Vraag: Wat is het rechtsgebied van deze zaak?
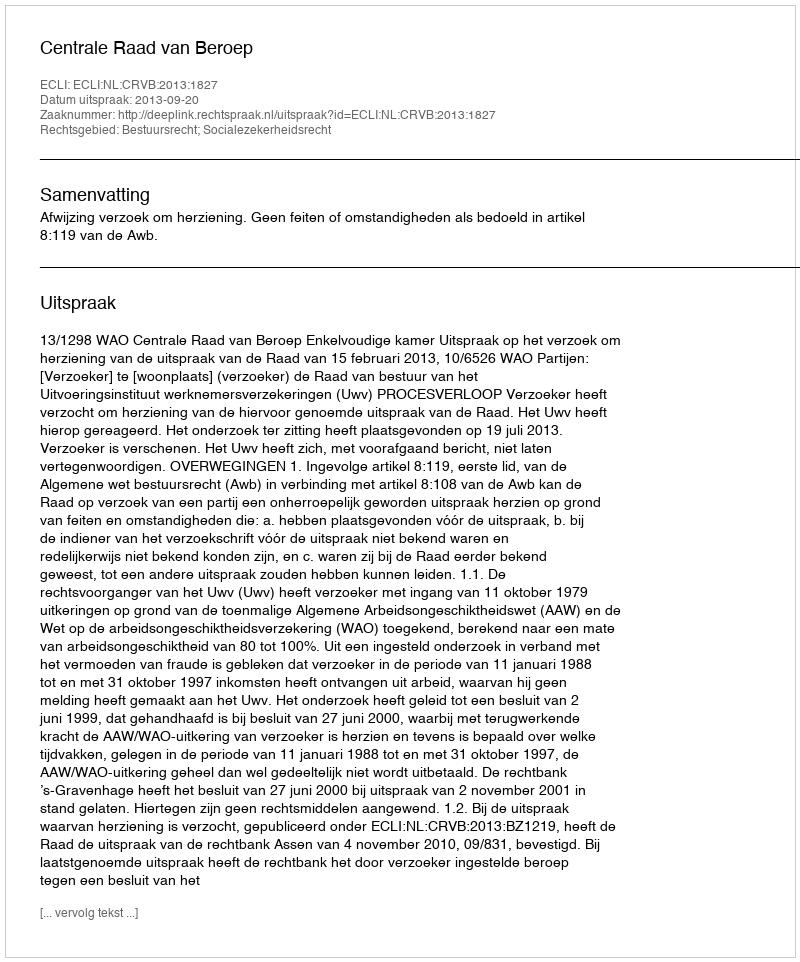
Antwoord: Bestuursrecht; Socialezekerheidsrecht